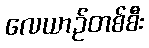
လေယာဉ်တစ်စီး